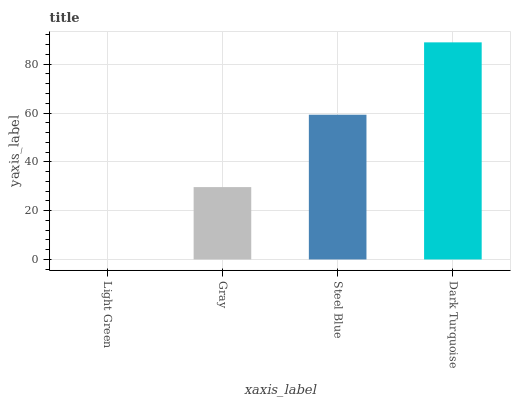
| xaxis_label | bars |
 | --- | --- |
 | Light Green | 0 |
 | Gray | 29.7 |
 | Steel Blue | 59.3 |
 | Dark Turquoise | 89 |